system: You are a helpful assistant.
user:
Analyze the provided spectrum to determine if it is a **White Dwarf (WD)**.

A White Dwarf spectrum is defined by its **extreme purity** (due to gravitational settling) and/or **extreme pressure broadening** (due to high surface gravity). You must check for one of the following mutually exclusive signatures:

- **Key Visual Indicators (Check for ONE of these types):**

    - **1. DA-Type Signature (Most Common):**
        - **(Primary Feature):** Extreme pressure broadening (Stark broadening) of the **Hydrogen (H) Balmer lines**.
        - **(Key Lines):** $H\beta$ (approx. $4861$ Å) and $H\gamma$ (approx. $4340$ Å). $H\alpha$ (approx. $6563$ Å) will also be present if the wavelength range covers it.
        - **(Line Profile):** This is the **defining feature**. The lines are **NOT** sharp. They appear as massive, **extremely broad and deep "troughs" or "dips"** in the spectrum, often hundreds of Ångströms wide. The continuum will appear to "scoop" down at these wavelengths.
        - **(Distinction):** Normal A-type or B-type stars have *narrow* and *sharp* Hydrogen lines. A DA White Dwarf's lines are unmistakably "smeared" or "blurry" from pressure.

    - **2. DB-Type Signature:**
        - **(Primary Feature):** Broad absorption lines from **Neutral Helium (He I)**. The spectrum must lack any visible Hydrogen lines.
        - **(Key Lines):** Look for broad absorption near $4471$ Å, $4921$ Å, and $5876$ Å.
        - **(Line Profile):** These lines are also significantly pressure-broadened, appearing much wider than they would in a normal B-type main-sequence star.

    - **3. DC-Type Signature:**
        - **(Primary Feature):** A **featureless continuous spectrum**.
        - **(Line Profile):** The spectrum is a smooth curve with **no significant absorption or emission lines**.
        - **(Key Confirmation):** The continuum is almost always **blue or white**, indicating a hot object. This signature implies the atmosphere is so pure (or so cool) that no spectral lines are visible in the optical range. Its WD identity is confirmed by its extremely low intrinsic brightness (high absolute magnitude).

    - **4. DZ-Type Signature (Metal-Polluted):**
        - **(Primary Feature):** **Isolated, narrow metal absorption lines** on an otherwise featureless (DC-like) continuum.
        - **(Key Lines):** The **Calcium (Ca II) H & K doublet** (approx. **$3934$ Å** and **$3968$ Å**) is the most common and defining feature.
        - **(Line Profile):** These lines are "out of place." They are *not* part of a "forest" of thousands of lines. This signature is evidence of recent *accretion* (pollution) from rocky debris.
        - **(Distinction):** Normal G/K/M stars have a *dense forest* of thousands of metal lines. A DZ has a *clean* continuum with *only a few* strong metal lines.

    - **5. DQ-Type Signature (Carbon-Polluted):**
        - **(Primary Feature):** Absorption bands from **Carbon (C₂ "Swan Bands" or atomic C I)**.
        - **(Key Lines - C₂):** Look for bandheads with a "saw-tooth" shape near $5635$ Å, **$5165$ Å** (strongest), and $4737$ Å.
        - **(Key Confirmation):** The underlying **continuum must be blue or white** (hot).
        - **(Distinction):** This is the critical difference from a **Carbon Star**, which has the *exact same* C₂ bands but on an extremely **red, cool** continuum.

- **(Overall Spectrum):**
    - The continuum (overall shape) is typically **blue-sloping** (brighter in the blue than the red), as most white dwarfs are very hot.
    - The spectrum will look "pure" or "simple," dominated by only *one* of the five signatures listed above.

Think first, call **spectral_visualization_tool** if needed to examine features in detail, then provide your final answer. Your response must adhere to the following strict rules:
1.  **Overall Structure:** Your response must follow the format `<think>...</think> <tool_call>...</tool_call> (if a tool is used) <answer>...</answer>`.
2.  **Tool Usage Constraint:** You may only make **one** tool call per turn.
3.  **Final Answer Format:** In the `<answer>` tag, your conclusion must be inside a `\boxed{}` command (e.g., `\boxed{YES}` or `\boxed{NO}`), followed by your justification.

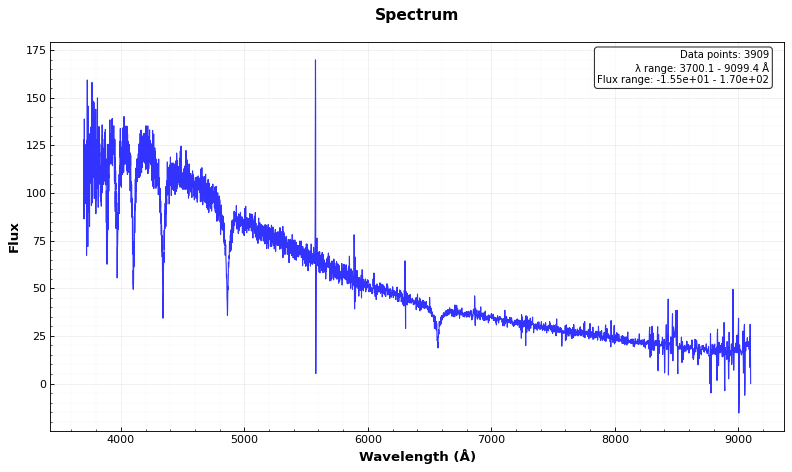
Answer: YES